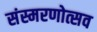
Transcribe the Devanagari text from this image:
संस्मरणोत्सव